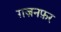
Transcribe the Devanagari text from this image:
ग़ज़नफ़र